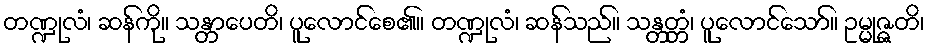
တဏ္ဍုလံ၊ ဆန်ကို။ သန္တာပေတိ၊ ပူလောင်စေ၏။ တဏ္ဍုလံ၊ ဆန်သည်။ သန္တတ္တံ၊ ပူလောင်သော်။ ဥမ္မုဇ္ဇတိ၊